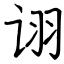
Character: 诩